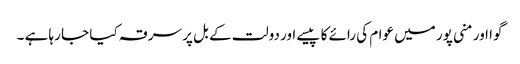
گوا اور منی پور میں عوام کی رائے کا پیسے اور دولت کے بل پر سرقہ کیا جا رہا ہے ۔